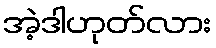
အဲ့ဒါဟုတ်လား